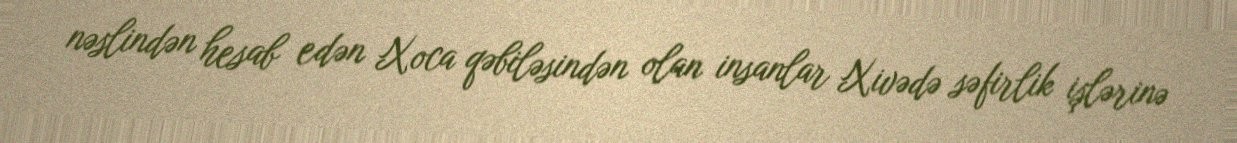
nəslindən hesab edən Xoca qəbiləsindən olan insanlar Xivədə səfirlik işlərinə